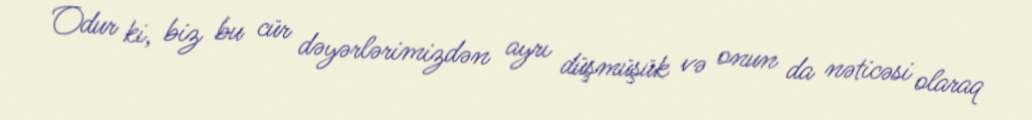
Odur ki, biz bu cür dəyərlərimizdən ayrı düşmüşük və onun da nəticəsi olaraq